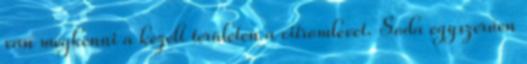
van megkenni a kezelt területen a citromlevet. Soda egyszerűen